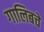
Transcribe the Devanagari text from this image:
गालिबचे